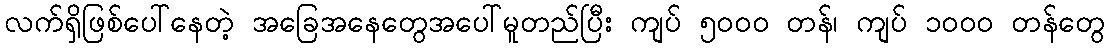
လက်ရှိဖြစ်ပေါ်နေတဲ့ အခြေအနေတွေအပေါ်မူတည်ပြီး ကျပ် ၅၀၀၀ တန်၊ ကျပ် ၁၀၀၀ တန်တွေ